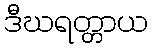
ဒီဃရတ္တာယ